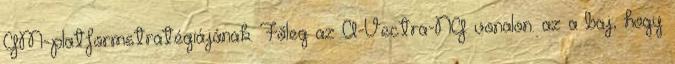
GM-platformstratégiájának. Főleg az A-Vectra-NG vonalon. az a baj, hogy